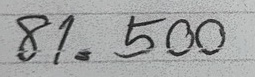
81 = 500